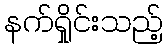
နက်ရှိုင်းသည့်